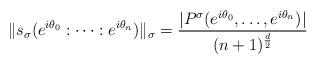
LaTeX: \begin{align*} \|s_{\sigma}(e^{i\theta_0}:\cdots:e^{i\theta_n})\|_{\sigma} = \frac{| P^{\sigma}(e^{i\theta_0},\ldots,e^{i\theta_n})|}{(n+1)^{\frac{d}{2}}}\end{align*}